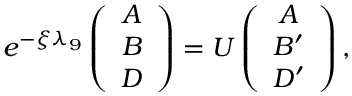
e ^ { - \xi \lambda _ { 9 } } \left( \begin{array} { c } { { A } } \\ { { B } } \\ { { D } } \end{array} \right) = U \left( \begin{array} { c } { { A } } \\ { { B ^ { \prime } } } \\ { { D ^ { \prime } } } \end{array} \right) ,